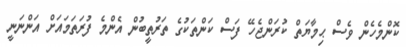
ކޮންމެހެން ވެސް ޙިމާޔަތް ކުރަންޖެހޭ ފަސް ކަންތަކުގެ ތަރުތީބުން އެންމެ ފުރަތަމައަށް އަންނަނީ